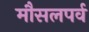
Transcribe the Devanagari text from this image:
मौसलपर्व